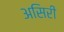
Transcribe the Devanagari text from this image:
असिरी